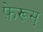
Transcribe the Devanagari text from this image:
फ़ेरूस्